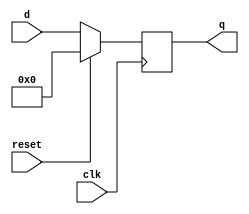
module flipflop #(parameter WIDTH=32)
    (output reg [ WIDTH-1:0] q,
        input [WIDTH-1:0] d,
        input clk,reset);
    always @(posedge clk )
        if(reset)
            q<=0;
        else
            q<=d;
        endmodule